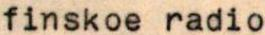
finskoe radio